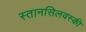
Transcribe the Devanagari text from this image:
स्तानसिलवस्की